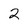
Character: 2